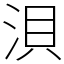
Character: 浿